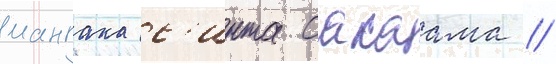
мангака с'инта сакаама //